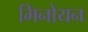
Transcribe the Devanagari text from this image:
मिनोयन